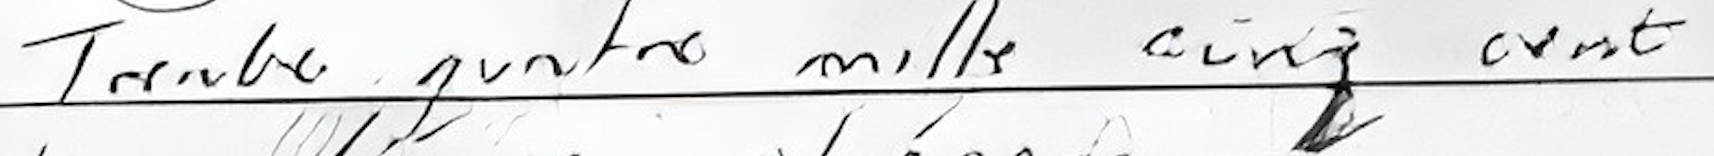
trente quatre mille cinq cent